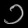
Digit: ၁